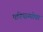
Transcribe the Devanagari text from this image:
परियाम्योत्तर